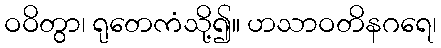
ဝဝိတွာ၊ ရုတေကံသို့၍။ ဟသာဝတိနဂရေ၊